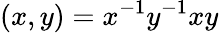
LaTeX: (x,y)=x^{-1}y^{-1}xy